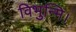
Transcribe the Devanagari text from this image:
विभुन्मि।